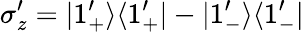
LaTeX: \sigma_{z}^{\prime}=|1_{+}^{\prime}\rangle\langle 1_{+}^{\prime}|-|1_{-}^{\prime}\rangle\langle 1_{-}^{\prime}|